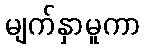
မျက်နှာမူကာ